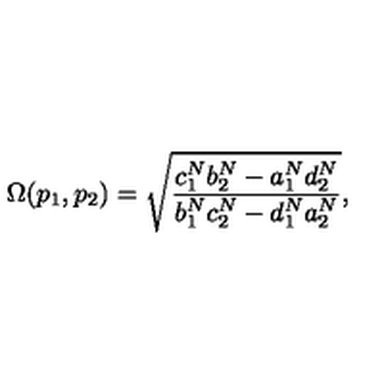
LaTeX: \Omega ( p _ { 1 } , p _ { 2 } ) = \sqrt { \frac { c _ { 1 } ^ { N } b _ { 2 } ^ { N } - a _ { 1 } ^ { N } d _ { 2 } ^ { N } } { b _ { 1 } ^ { N } c _ { 2 } ^ { N } - d _ { 1 } ^ { N } a _ { 2 } ^ { N } } } ,